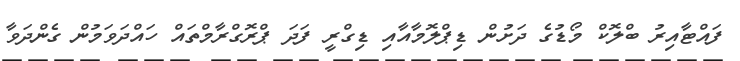
ފައްޓާއިރު ބްލޮކް މޯޑުގެ ދަށުން ޑިޕްލޮމާއާއި ޑިގްރީ ފަދަ ޕްރޮގްރާމްތައް ހައްދަވަމުން ގެންދަވާ